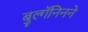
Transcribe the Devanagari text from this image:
बुल्गॅनिनने